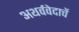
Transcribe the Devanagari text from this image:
अथर्ववेदाचें